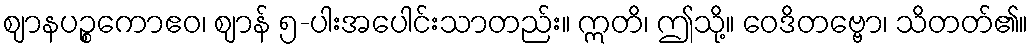
ဈာနပဉ္စကောဧဝ၊ ဈာန် ၅-ပါးအပေါင်းသာတည်း။ ဣတိ၊ ဤသို့။ ဝေဒိတဗ္ဗော၊ သိတတ်၏။